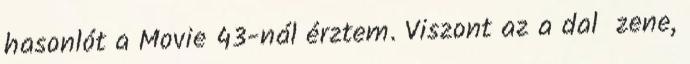
hasonlót a Movie 43-nál érztem. Viszont az a dal zene,